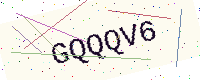
Text: GQQQV6